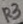
Text: R3